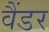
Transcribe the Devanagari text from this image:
वैंडर